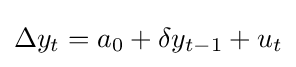
\Delta y_{t}=a_{0}+\delta y_{t-1}+u_{t}